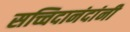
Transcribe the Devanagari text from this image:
सच्चिदानंदांनी